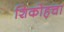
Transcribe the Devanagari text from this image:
शिकोहचा